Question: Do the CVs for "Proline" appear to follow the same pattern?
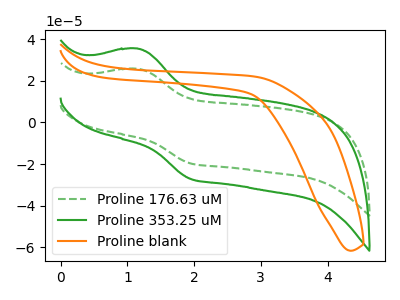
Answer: <think>The green dashed curve "Proline 176.63 uM" has an anodic peak at (1.15V, 25.70uA) and a cathodic peak at (1.95V, -19.70uA). The green curve "Proline 353.25 uM" has an anodic peak at (1.15V, 35.40uA) and a cathodic peak at (1.95V, -27.15uA). The orange curve "Proline blank" has no peaks.
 All the peaks in "Proline 176.63 uM" have a peak in "Proline 353.25 uM" at the same potential. Every peak in "Proline 176.63 uM" is lower than every peak in "Proline 353.25 uM". "Proline 176.63 uM" and "Proline blank" have a different number of peaks. "Proline 353.25 uM" and "Proline blank" have a different number of peaks.</think>
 <answer>All the CV's of "Proline" have similar shape.</answer>
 <eval>follow_rule</eval>